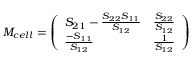
M _ { c e l l } = \left( \begin{array} { l l } { S _ { 2 1 } - \frac { S _ { 2 2 } S _ { 1 1 } } { S _ { 1 2 } } } & { \frac { S _ { 2 2 } } { S _ { 1 2 } } } \\ { \frac { - S _ { 1 1 } } { S _ { 1 2 } } } & { \frac { 1 } { S _ { 1 2 } } } \end{array} \right)